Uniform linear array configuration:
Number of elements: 4
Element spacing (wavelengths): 1
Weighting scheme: exponential
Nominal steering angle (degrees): -60
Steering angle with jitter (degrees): -58.799
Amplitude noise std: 0.05
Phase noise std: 0.05

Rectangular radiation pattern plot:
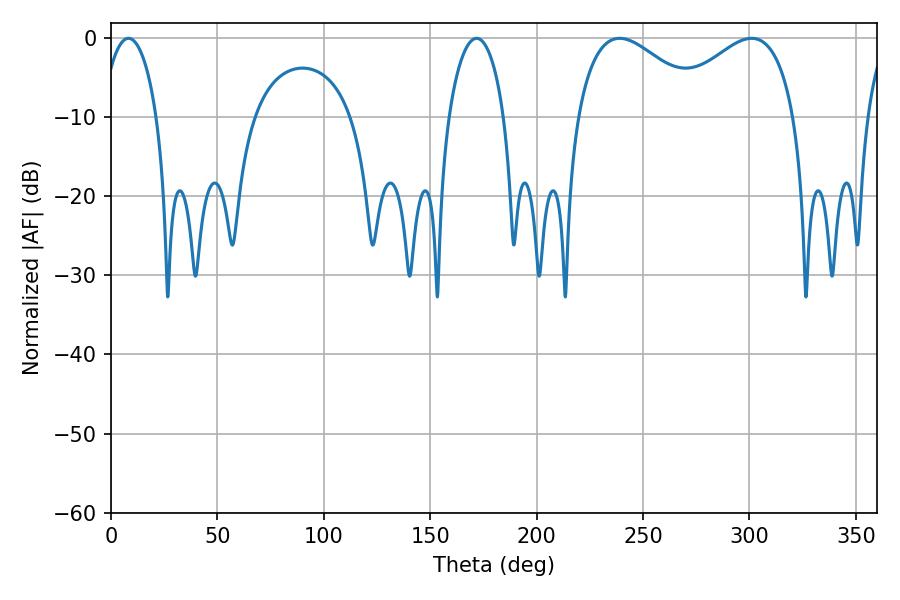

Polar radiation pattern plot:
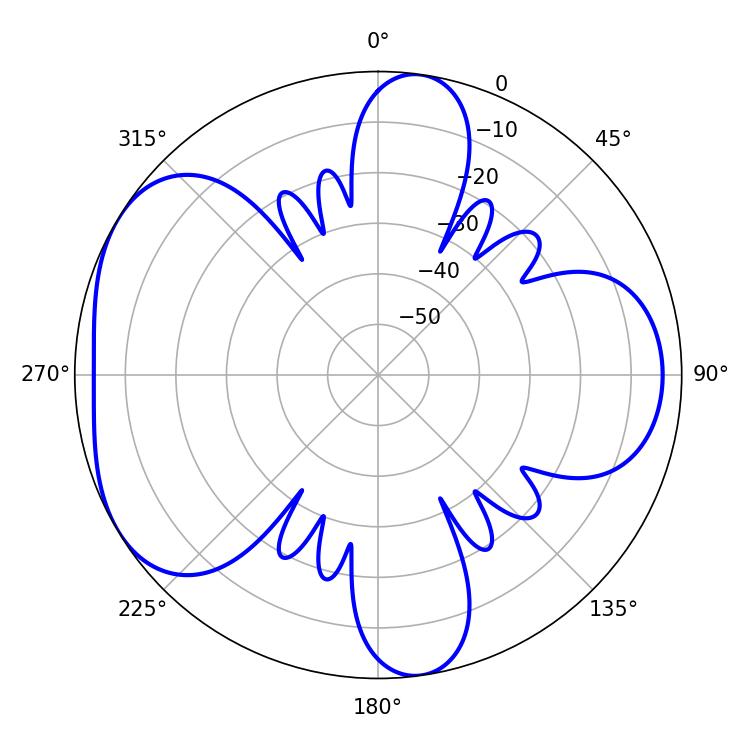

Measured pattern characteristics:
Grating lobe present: TRUE
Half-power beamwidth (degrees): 33.48
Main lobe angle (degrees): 239.04